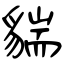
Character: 貒